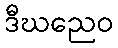
ဒီဃညေဝ